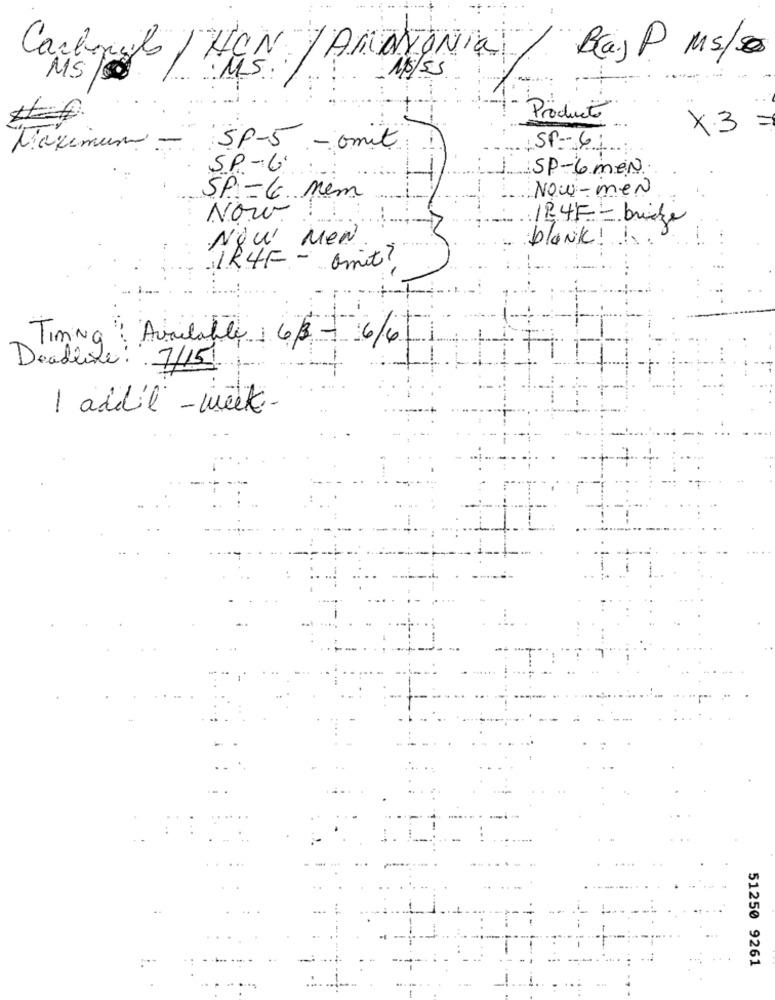
B(a.) P Ms/0
Carbonlo / HON / AMANTONIA
1/5/55
MS
Producto
x3
Maximum -
SP-5 .- omit
SP- 6:
SP-6.
SP-6men
Now-men
SP-6 nim
Now!
12.4F = bricke
blank !!
NOW MEN.
IR4F - amit?
Available 63 - 6/6/
Timing ! !
Deadline: 7/15
I addil - week-
51250 9261